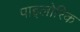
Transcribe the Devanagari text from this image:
पाइलोरिक